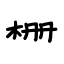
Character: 栅